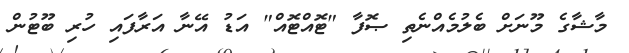
މާޝާގެ މޫނަށް ބެލުމެއްނެތި ޞޮފާ "ޓޮއްޓޮއް" އަޑު އޭނާ އަރާފައި ހުރި ބޫޓުން